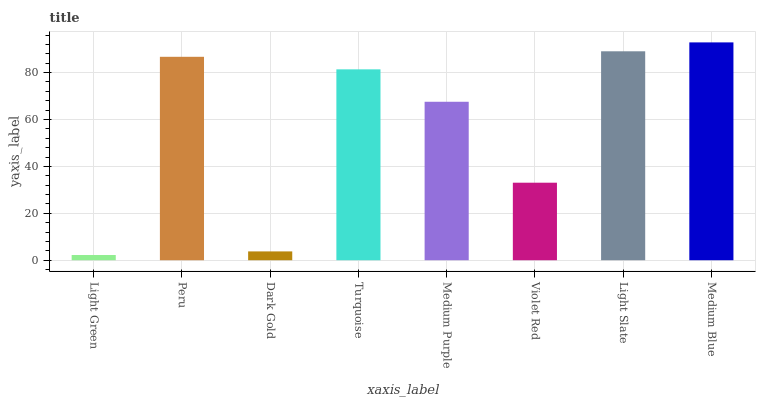
| xaxis_label | bars |
 | --- | --- |
 | Light Green | 2.22 |
 | Peru | 86.7 |
 | Dark Gold | 3.76 |
 | Turquoise | 81.4 |
 | Medium Purple | 67.6 |
 | Violet Red | 33 |
 | Light Slate | 89.1 |
 | Medium Blue | 92.9 |